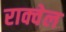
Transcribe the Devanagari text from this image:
राक्वेल